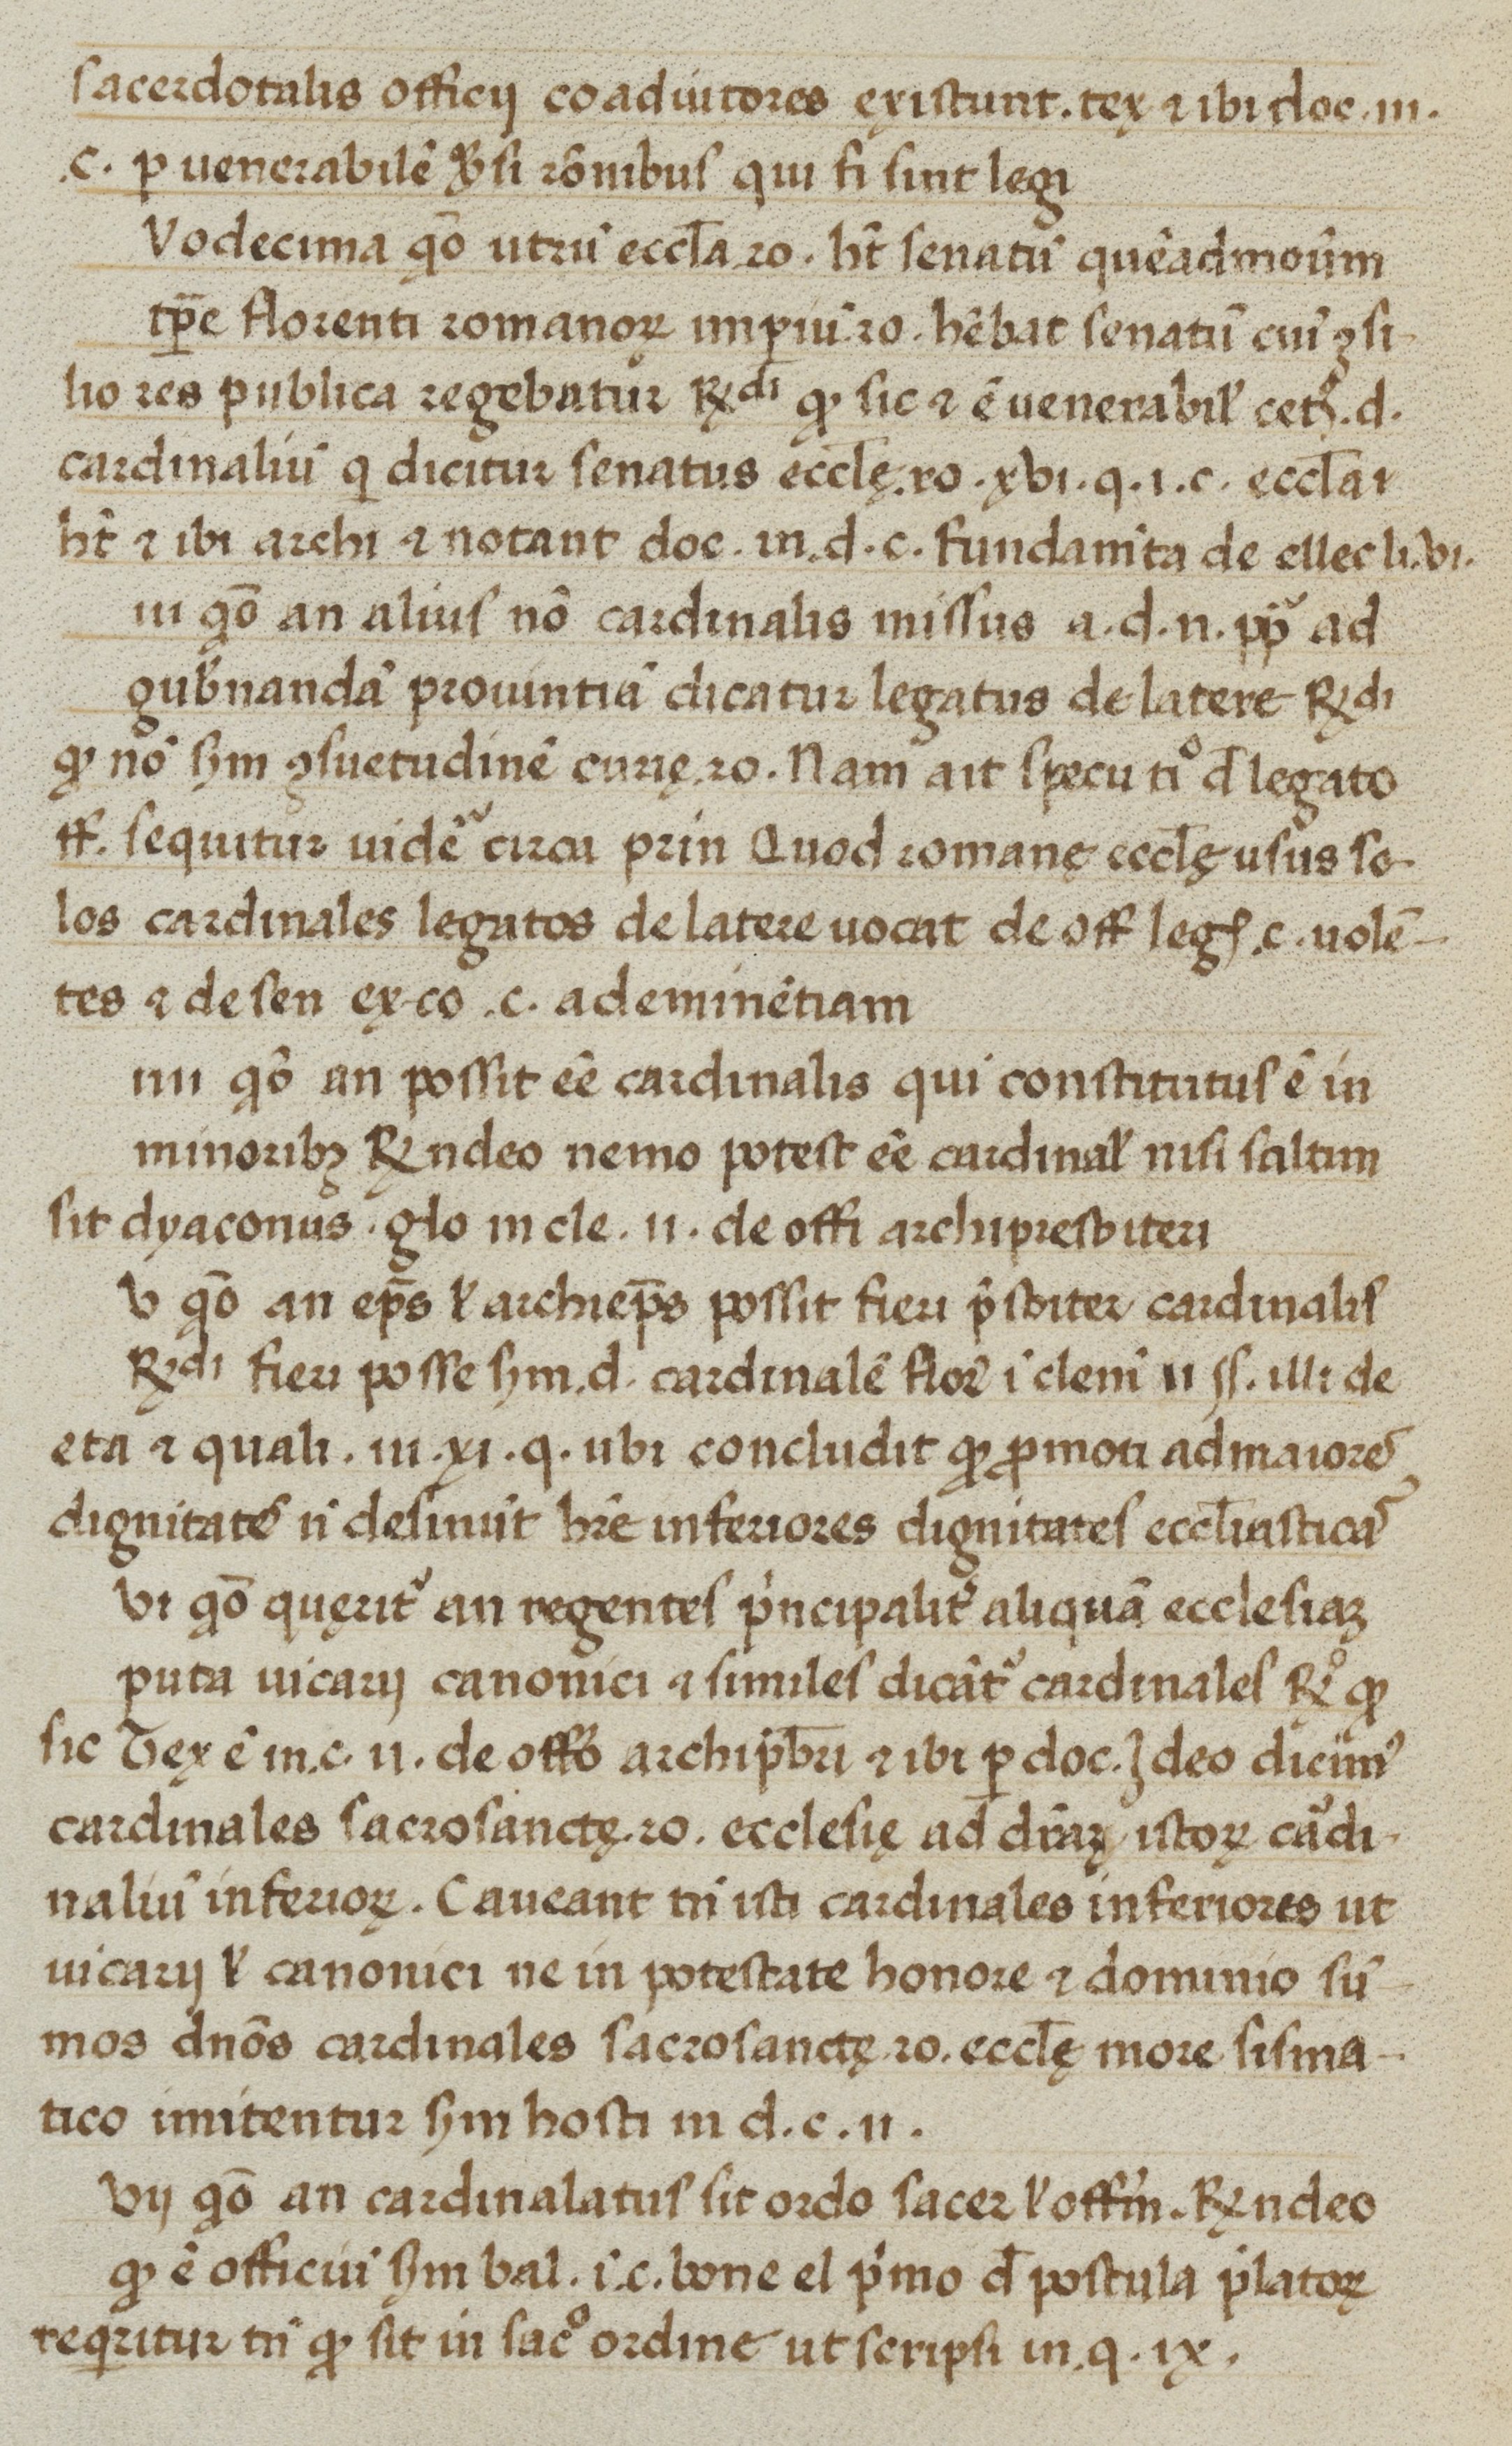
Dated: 1450–1499